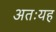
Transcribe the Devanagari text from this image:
अतःयह